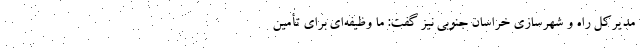
مدیرکل راه و شهرسازی خراسان‌ جنوبی نیز گفت: ما وظیفه‌ای برای تأمین